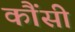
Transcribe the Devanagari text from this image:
कौंसी